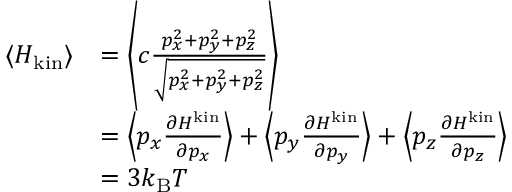
{ \begin{array} { r l } { \langle H _ { \mathrm { k i n } } \rangle } & { = \left\langle c { \frac { p _ { x } ^ { 2 } + p _ { y } ^ { 2 } + p _ { z } ^ { 2 } } { \sqrt { p _ { x } ^ { 2 } + p _ { y } ^ { 2 } + p _ { z } ^ { 2 } } } } \right\rangle } \\ & { = \left\langle p _ { x } { \frac { \partial H ^ { \mathrm { k i n } } } { \partial p _ { x } } } \right\rangle + \left\langle p _ { y } { \frac { \partial H ^ { \mathrm { k i n } } } { \partial p _ { y } } } \right\rangle + \left\langle p _ { z } { \frac { \partial H ^ { \mathrm { k i n } } } { \partial p _ { z } } } \right\rangle } \\ & { = 3 k _ { \mathrm { B } } T } \end{array} }